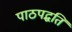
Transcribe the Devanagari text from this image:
पाठपद्धति